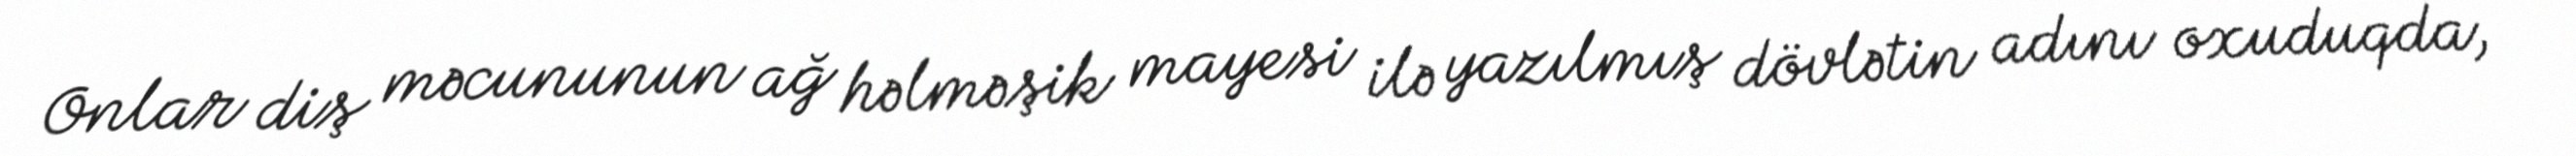
Onlar diş məcununun ağ həlməşik mayesi ilə yazılmış dövlətin adını oxuduqda,